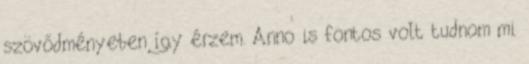
szövődményeben így érzem. Anno is fontos volt tudnom mi